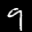
Label: 9